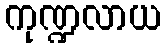
ကုဏ္ဍလာယ